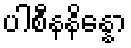
ပါစီနနိန္နော